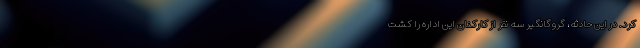
کرد. در این حادثه، گرو‌گانگیر‌ سه نفر از کارکنان این اداره را کشت